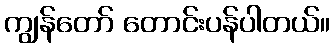
ကျွန်တော် တောင်းပန်ပါတယ်။